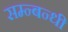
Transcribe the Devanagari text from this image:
सम्न्बन्धी